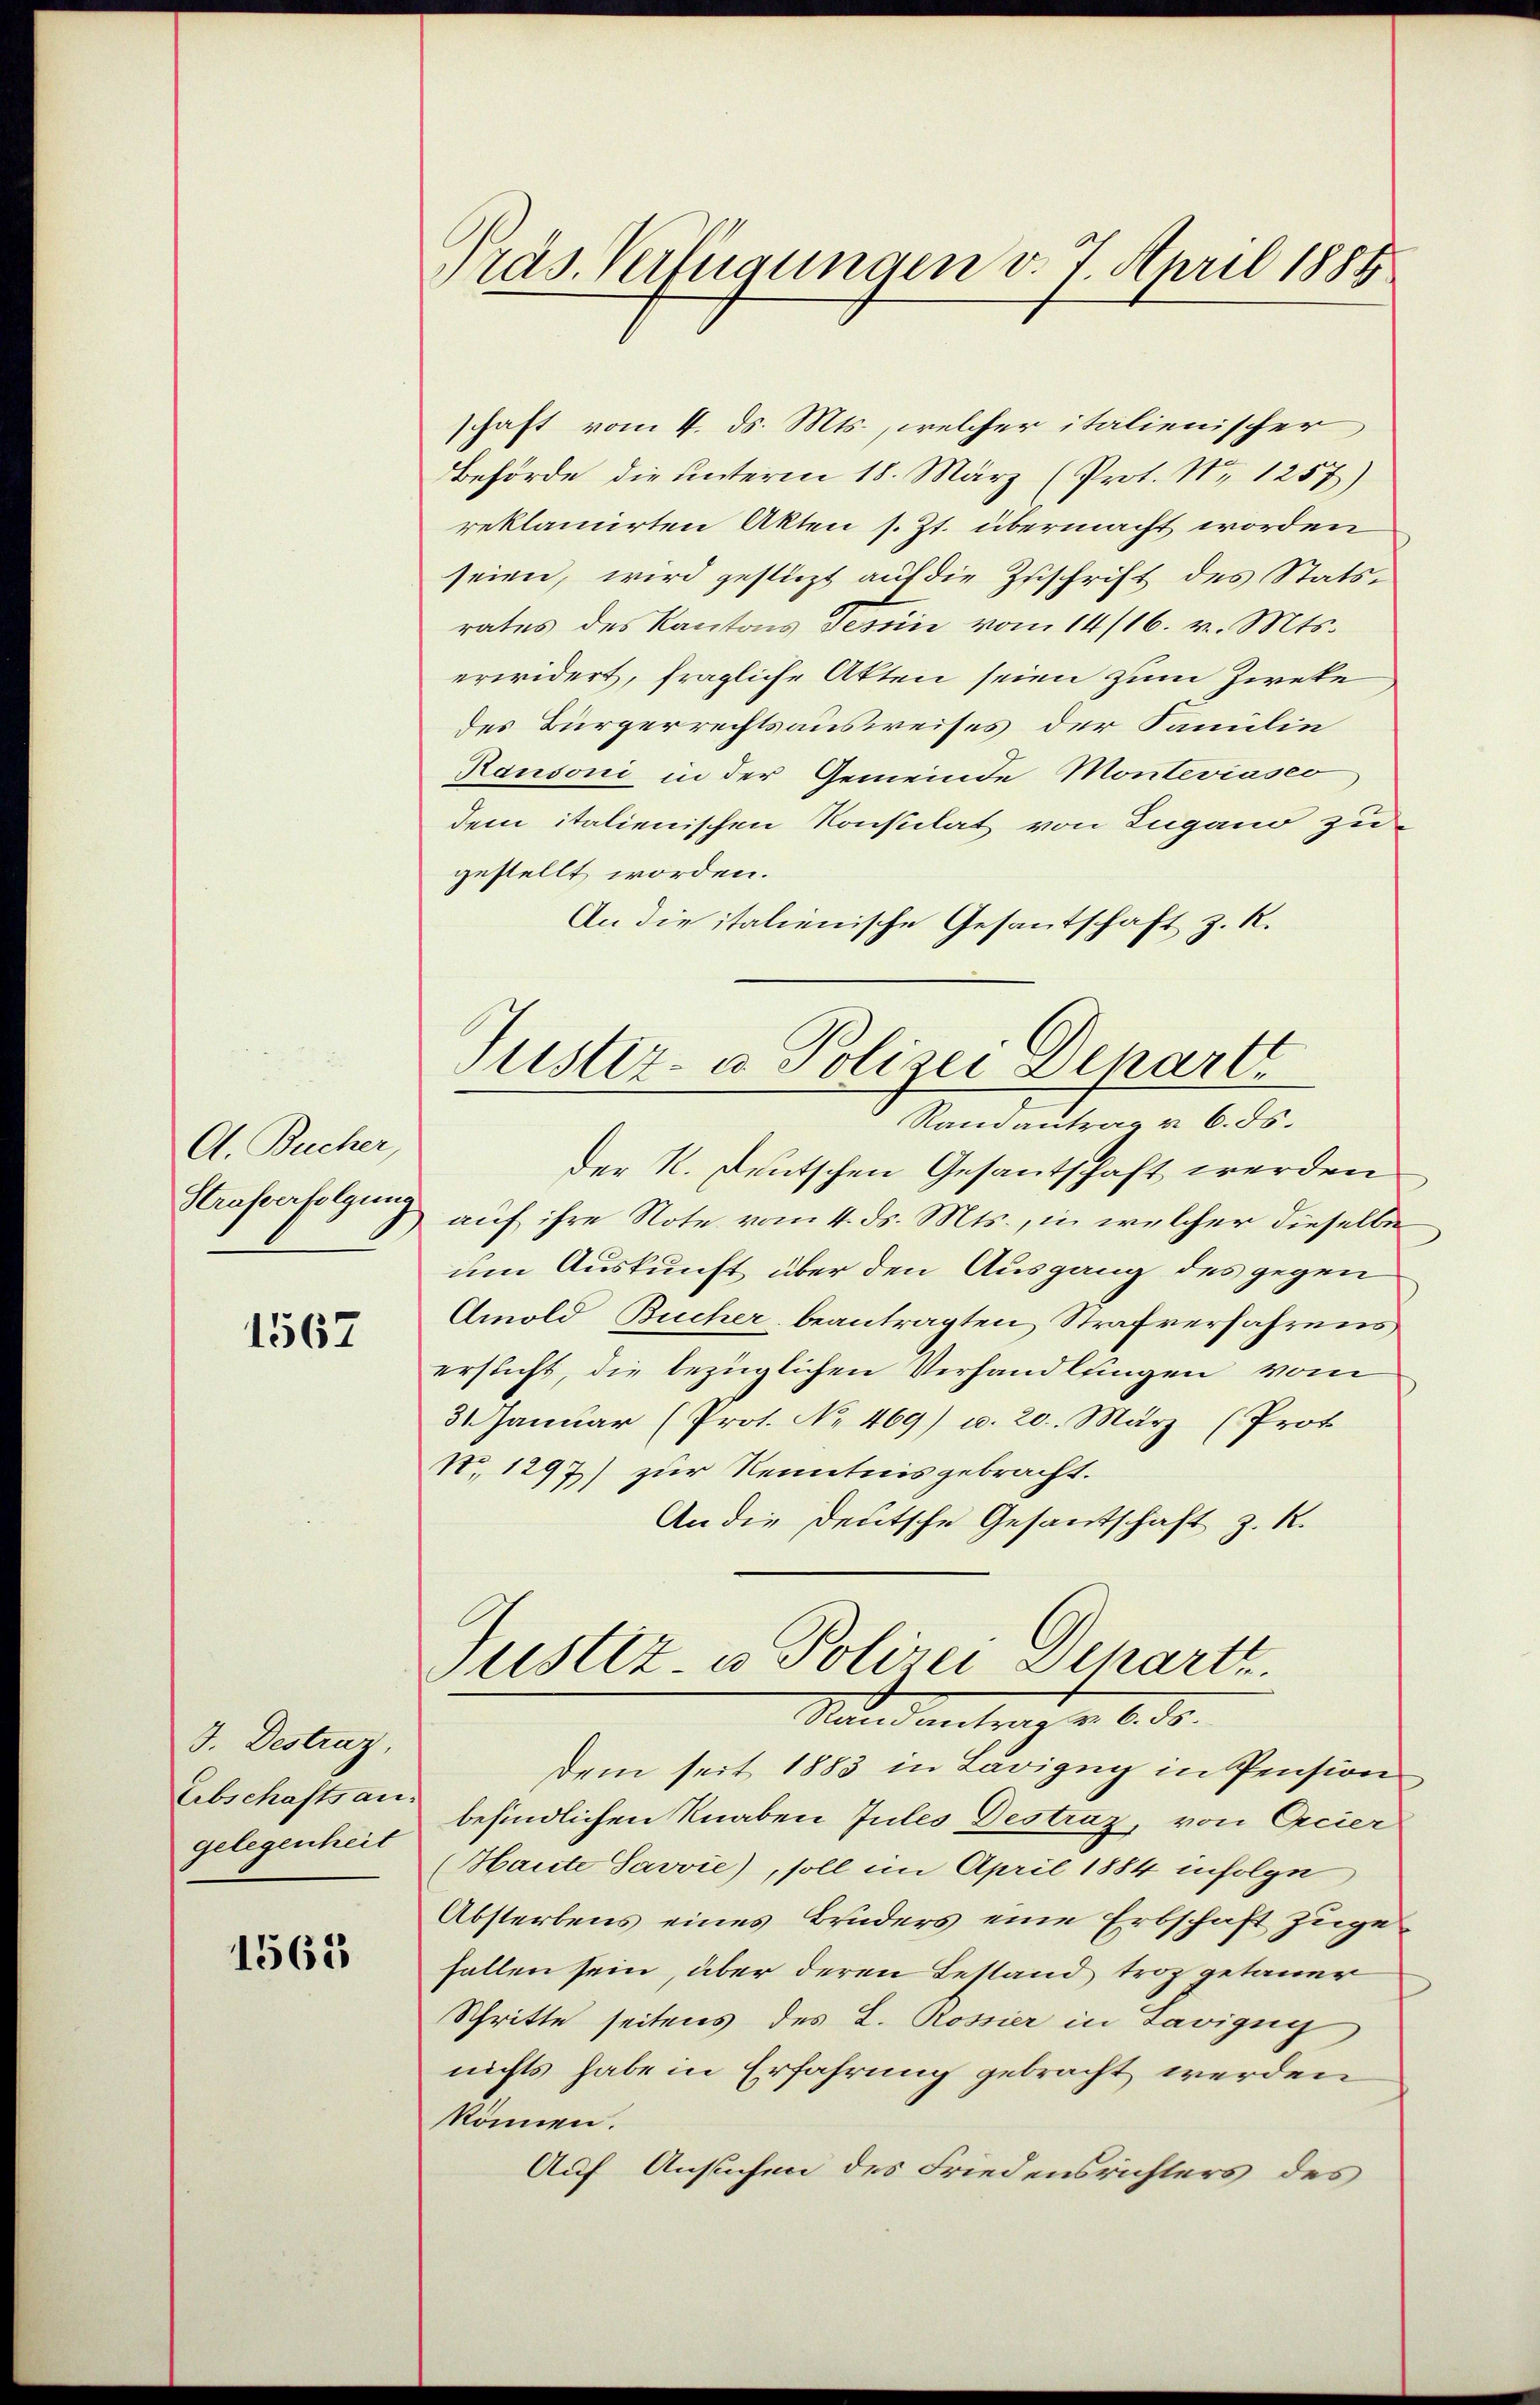
A. Bucher,
Strafverfolgung

1567

J. Destraz,
Eibschafts an.
gelegenheit

1565

Präs. Verfügungen v. 7. April 1884

schaft vom 4. ds. Mts., welcher italienischer
Behörde die unterm 18. März (Prot. No. 1257)
reklamirten Akten s. Zt. übermacht worden
seien, wird gestüzt auf die Zuschrift des Statsrates des Kantons Tessin vom 14/16. v. Mts.
erwidert, fragliche Akten seien zum Zweke
des Bürgerrechtsausweises der Familie
Ransoni in der Gemeinde Monteviasco
dem italienischen Konstilat von Lugano zu
gestellt worden.
An die italienische Gesantschaft z. R.

Justiz- u Polizei Depart
Randantrag u. 6. ds.

Der R. Deutschen Gesantschaft werden
auf ihre Note vom 4. ds. Mts., in welcher dieselbe
um Auskunft über den Ausgang des gegen
Amold Bucher beantragten Strafverfahrens
ersticht, die bezüglichen Verhandlungen vom
31 Januar (Prot. No 469) u. 20. März (Prot
N. 1297) zur Kenntnis gebracht.
An die Deutsche Gesandtschaft z. R.

Justiz- u Polizei Schart.
Stand antrag v. 6. ds.

dem seit 1883 in Lavigny in Pension
befindlichen Knaben Jules Destraz, von Arcier
Haute Savvie), soll im April 1884 infolge
Absterbens eines Bruders eine Erbschaft zugefallen sein, über deren Bestand troz getauer
Schritte seitens des L. Rossier in Savigny
nichts habe in Erfahrung gebracht werden
können.
Auf Ansuchen des Friedensrichters des